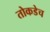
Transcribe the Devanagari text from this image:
तोकडेच